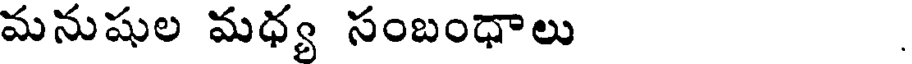
మనుషుల మధ్య సంబంధాలు